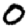
Digit: 0